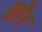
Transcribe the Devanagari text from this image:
ज्ञौर